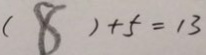
( 8 ) + 5 = 1 3